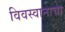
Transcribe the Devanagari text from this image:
विवस्वानाचा